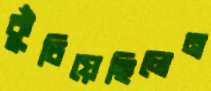
কুঁচিয়েছিলেন